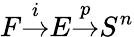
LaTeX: F{\overset{i}{\to}}E{\overset{p}{\to}}S^{n}